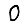
Digit: 0